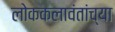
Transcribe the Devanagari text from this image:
लोककलावंतांच्या